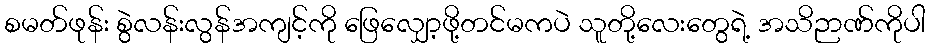
စမတ်ဖုန်း စွဲလန်းလွန်အကျင့်ကို ဖြေလျှော့ဖို့တင်မကပဲ သူတို့လေးတွေရဲ့ အသိဉာဏ်ကိုပါ